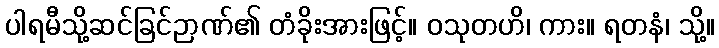
ပါရမီသို့ဆင်ခြင်ဉာဏ်၏ တံခိုးအားဖြင့်။ ဝသုတဟိ၊ ကား။ ရတနံ၊ သို့။